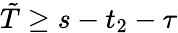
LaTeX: \tilde{T}\ge s-t_{2}-\tau